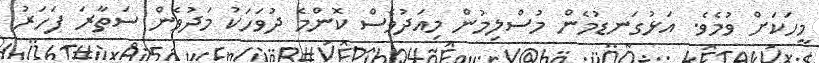
މީހަކަށް ވުމެވެ. އަޅުގަނޑުމެން މުސްލިމުން މިއަދުވެސް ކޮންމެ ދުވަހަކު މަދުވެން ސަތާރަ ފަހަރު